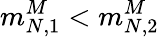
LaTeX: m_{N,1}^{M}<m_{N,2}^{M}